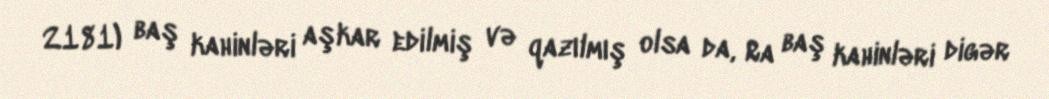
2181) baş kahinləri aşkar edilmiş və qazılmış olsa da, Ra baş kahinləri digər